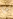
ما